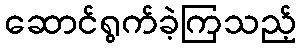
ဆောင်ရွက်ခဲ့ကြသည့်